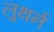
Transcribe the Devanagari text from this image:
लुथर्न